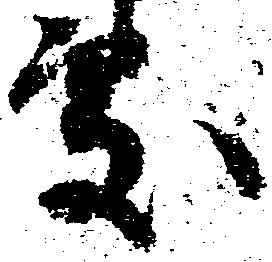
処